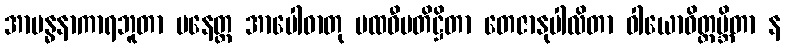
အာဗန္ဓနာကာရဘူတာ ပနေတ္ထ အာပေါဓာတု ပထဝီပတိဋ္ဌိတာ တေဇာနုပါလိတာ ဝါယောဝိတ္ထမ္ဘိတာ န